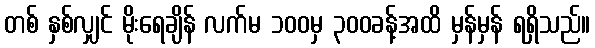
တစ် နှစ်လျှင် မိုးရေချိန် လက်မ ၁၀၀မှ ၃၀၀ခန့်အထိ မှန်မှန် ရရှိသည်။